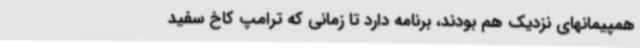
همپیمانهای نزدیک هم بودند، برنامه دارد تا زمانی که ترامپ کاخ سفید